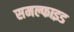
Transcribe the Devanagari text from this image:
समल्फाइड